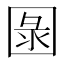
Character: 𱖂